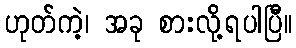
ဟုတ်ကဲ့၊ အခု စားလို့ရပါပြီ။